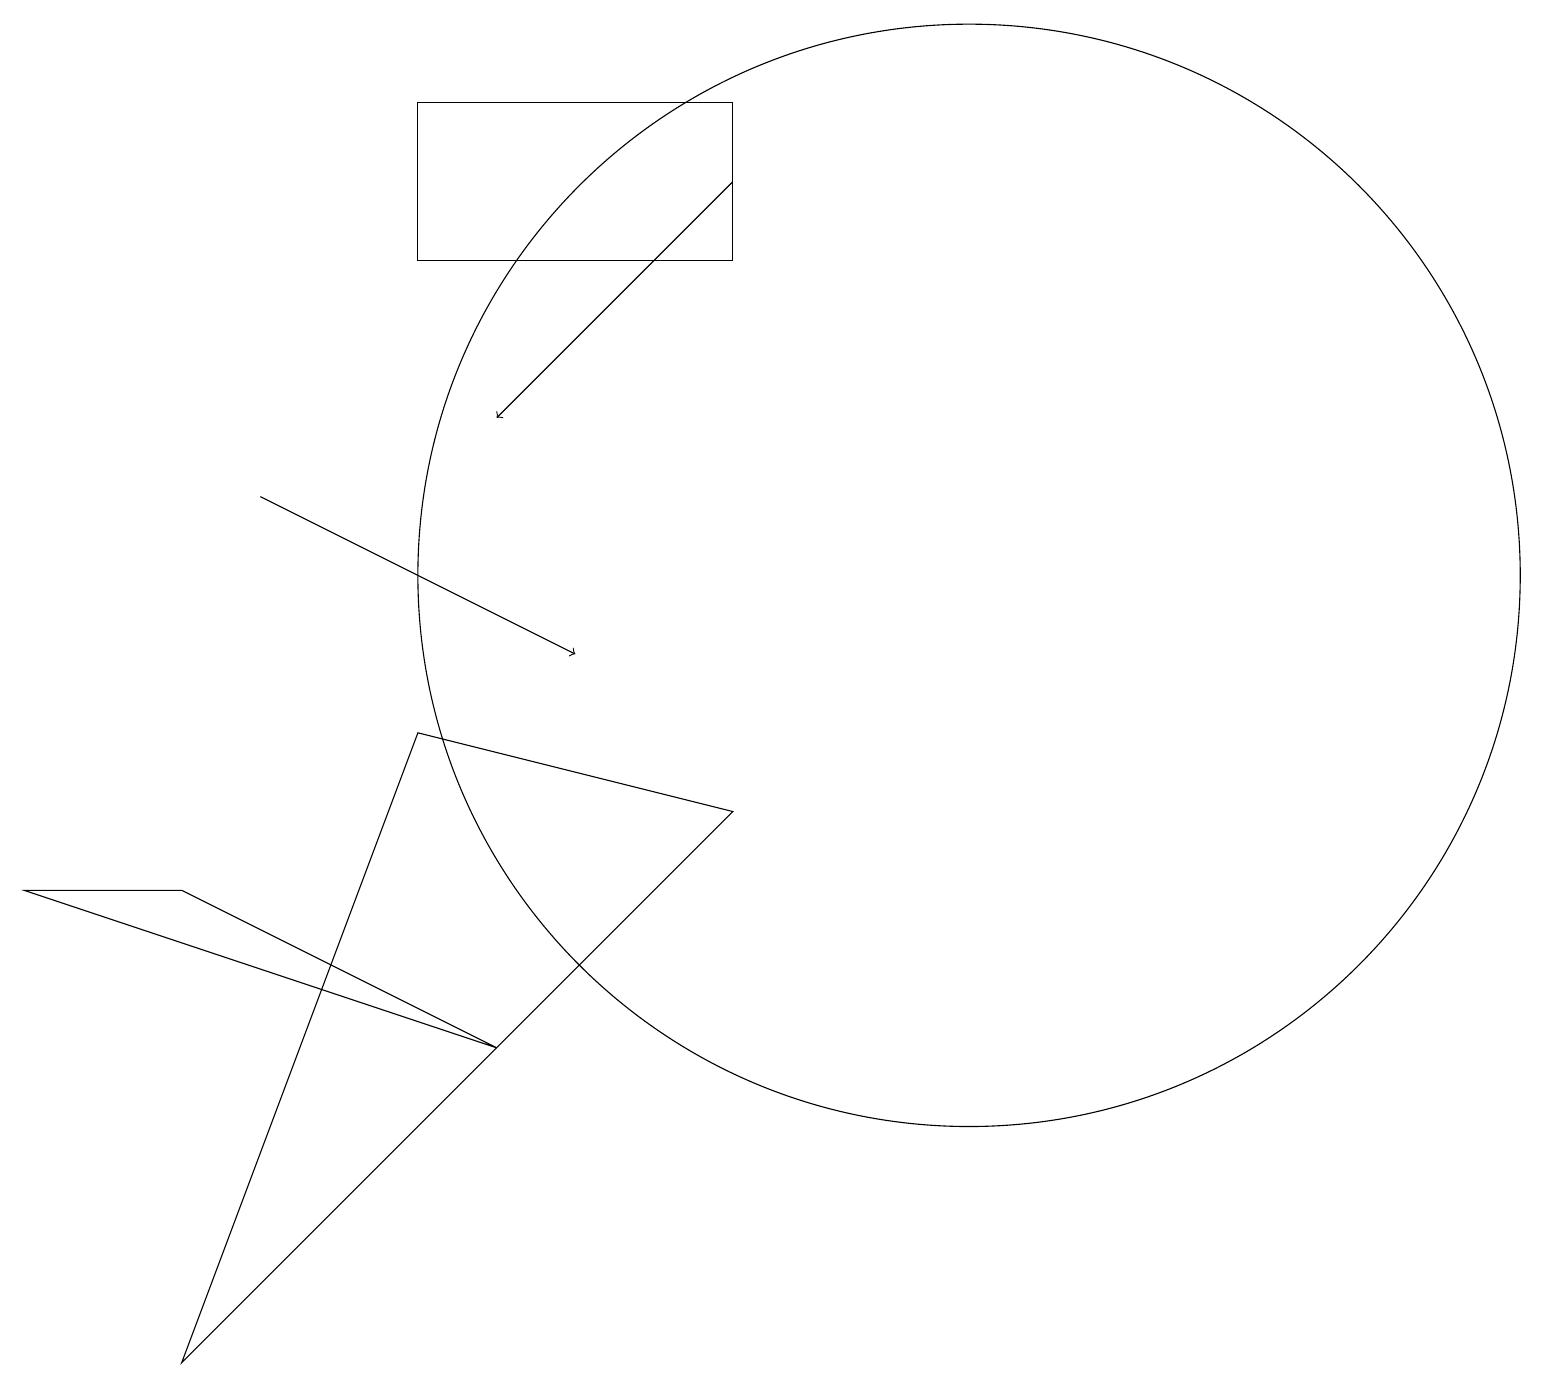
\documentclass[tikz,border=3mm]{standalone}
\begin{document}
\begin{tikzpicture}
\draw (12,11) circle (7);
\draw (0,7) -- (2,7) -- (6,5) -- cycle;
\draw (2,1) -- (5,9) -- (9,8) -- cycle;
\draw (5,15) rectangle (9,17);
\draw[->] (9,16) -- (6,13);
\draw (10,11) circle (0);
\draw[->] (3,12) -- (7,10);
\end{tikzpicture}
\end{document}